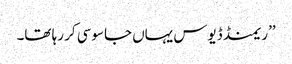
’’ریمنڈ ڈیوس یہاں جاسوسی کر رہا تھا۔